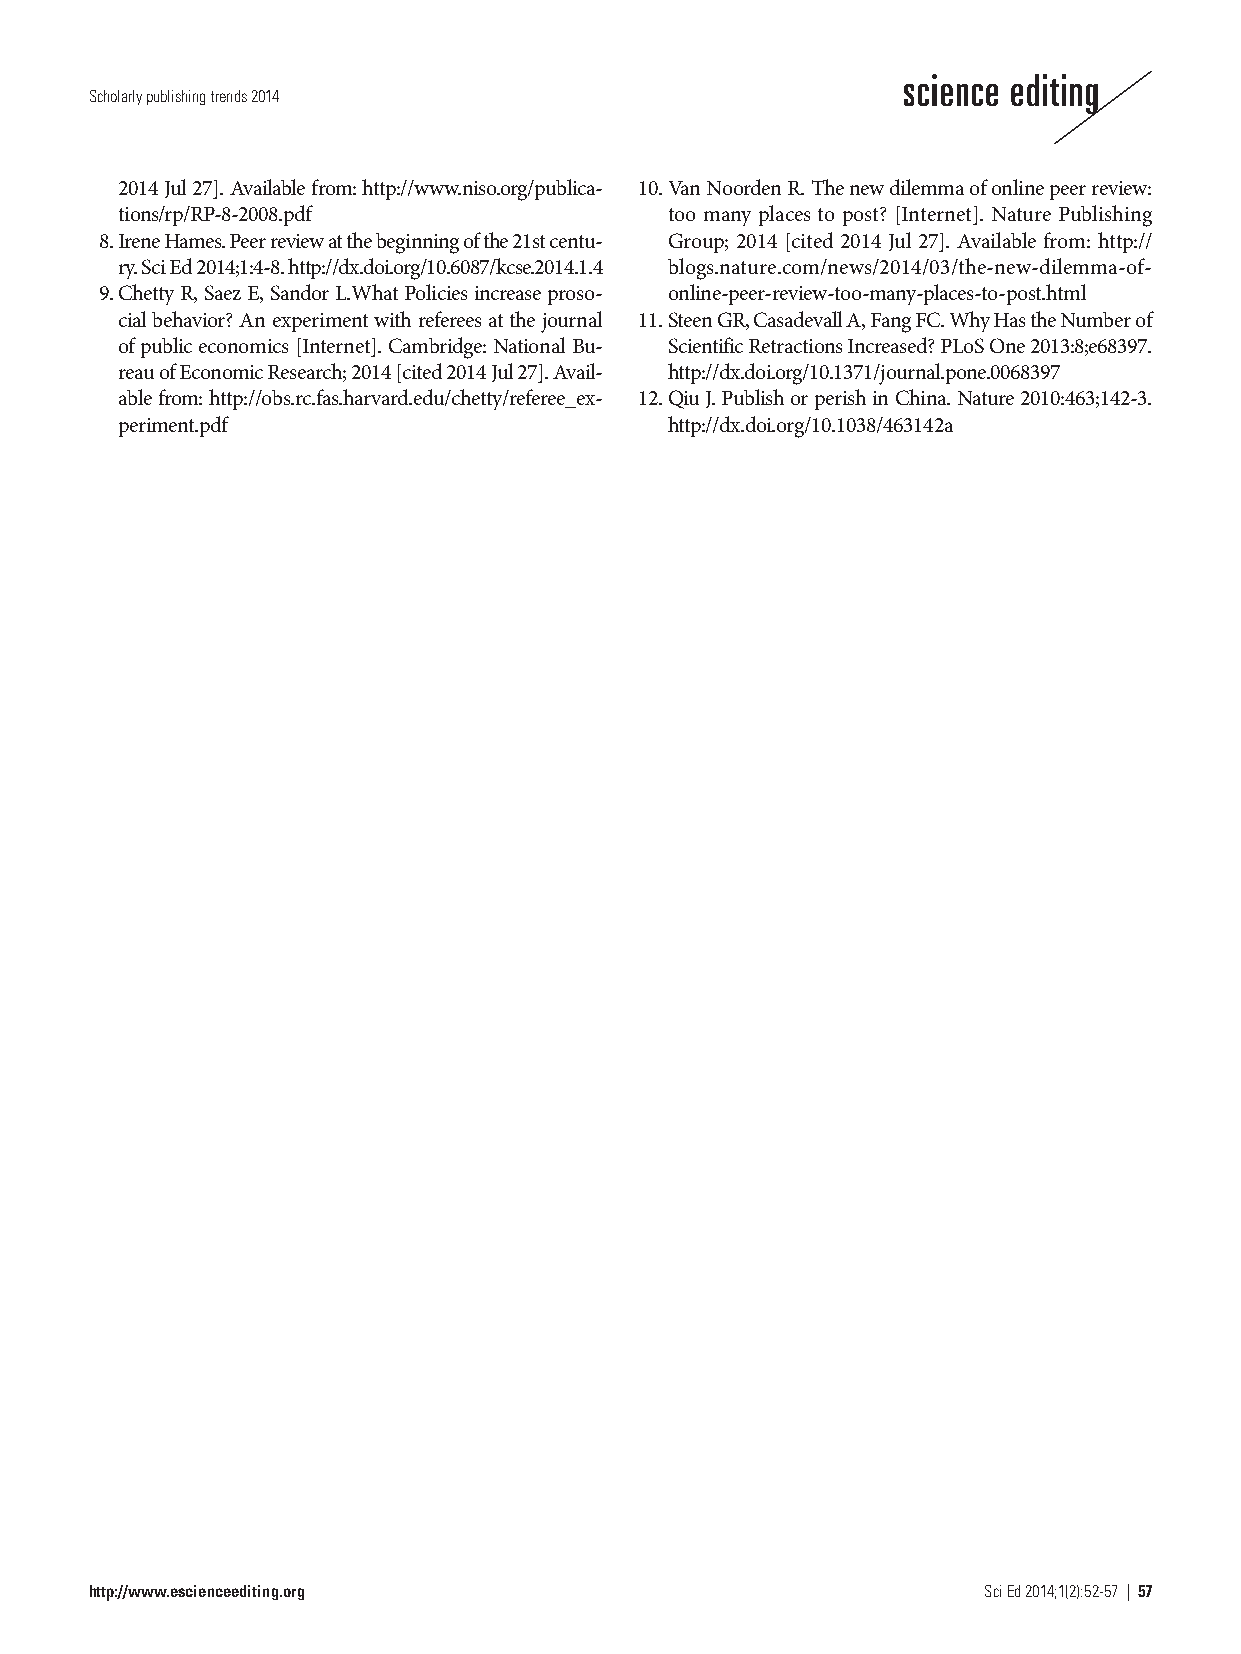
Scholarly publishing trends 2014
 2014 Jul 27]. Available from: http://www.niso.org/publica- 10. Van Noorden R. The new dilemma of online peer review:
 tions/rp/RP-8-2008.pdf              too many places to post? [Internet]. Nature Publishing
 8. Irene Hames. Peer review at the beginning of the 21st centu- Group; 2014 [cited 2014 Jul 27]. Available from: http://
 ry. Sci Ed 2014;1:4-8. http://dx.doi.org/10.6087/kcse.2014.1.4 blogs.nature.com/news/2014/03/the-new-dilemma-of-
 9. Chetty R, Saez E, Sandor L.What Policies increase proso- online-peer-review-too-many-places-to-post.html
 cial behavior? An experiment with referees at the journal 11. Steen GR, Casadevall A, Fang FC. Why Has the Number of
 of public economics [Internet]. Cambridge: National Bu- Scientific Retractions Increased? PLoS One 2013:8;e68397.
 reau of Economic Research; 2014 [cited 2014 Jul 27]. Avail- http://dx.doi.org/10.1371/journal.pone.0068397
 able from: http://obs.rc.fas.harvard.edu/chetty/referee_ex- 12. Qiu J. Publish or perish in China. Nature 2010:463;142-3.
 periment.pdf                        http://dx.doi.org/10.1038/463142a
 http://www.escienceediting.org                             Sci Ed 2014;1(2):52-57 | 57